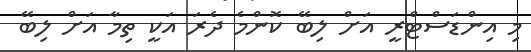
މި އިންޑަސްޓްރީ އަށް ލިބޭ ކޮންމެ ދެރަ އަކީ ތިމާ އަށް ލިބޭ